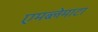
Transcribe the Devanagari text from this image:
एमब्लेमाटा